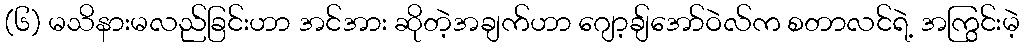
(၆) မသိနားမလည်ခြင်းဟာ အင်အား ဆိုတဲ့အချက်ဟာ ဂျော့ချ်အော်ဝဲလ်က စတာလင်ရဲ့ အကြွင်းမဲ့